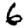
Digit: 6